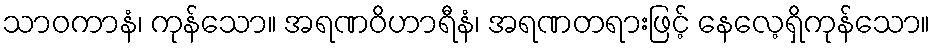
သာဝကာနံ၊ ကုန်သော။ အရဏဝိဟာရီနံ၊ အရဏတရားဖြင့် နေလေ့ရှိကုန်သော။